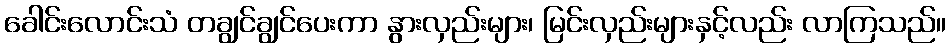
ခေါင်းလောင်းသံ တချွင်ချွင်ပေးကာ နွားလှည်းများ၊ မြင်းလှည်းများနှင့်လည်း လာကြသည်။